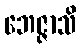
ဘေဇ္ဇာသိ